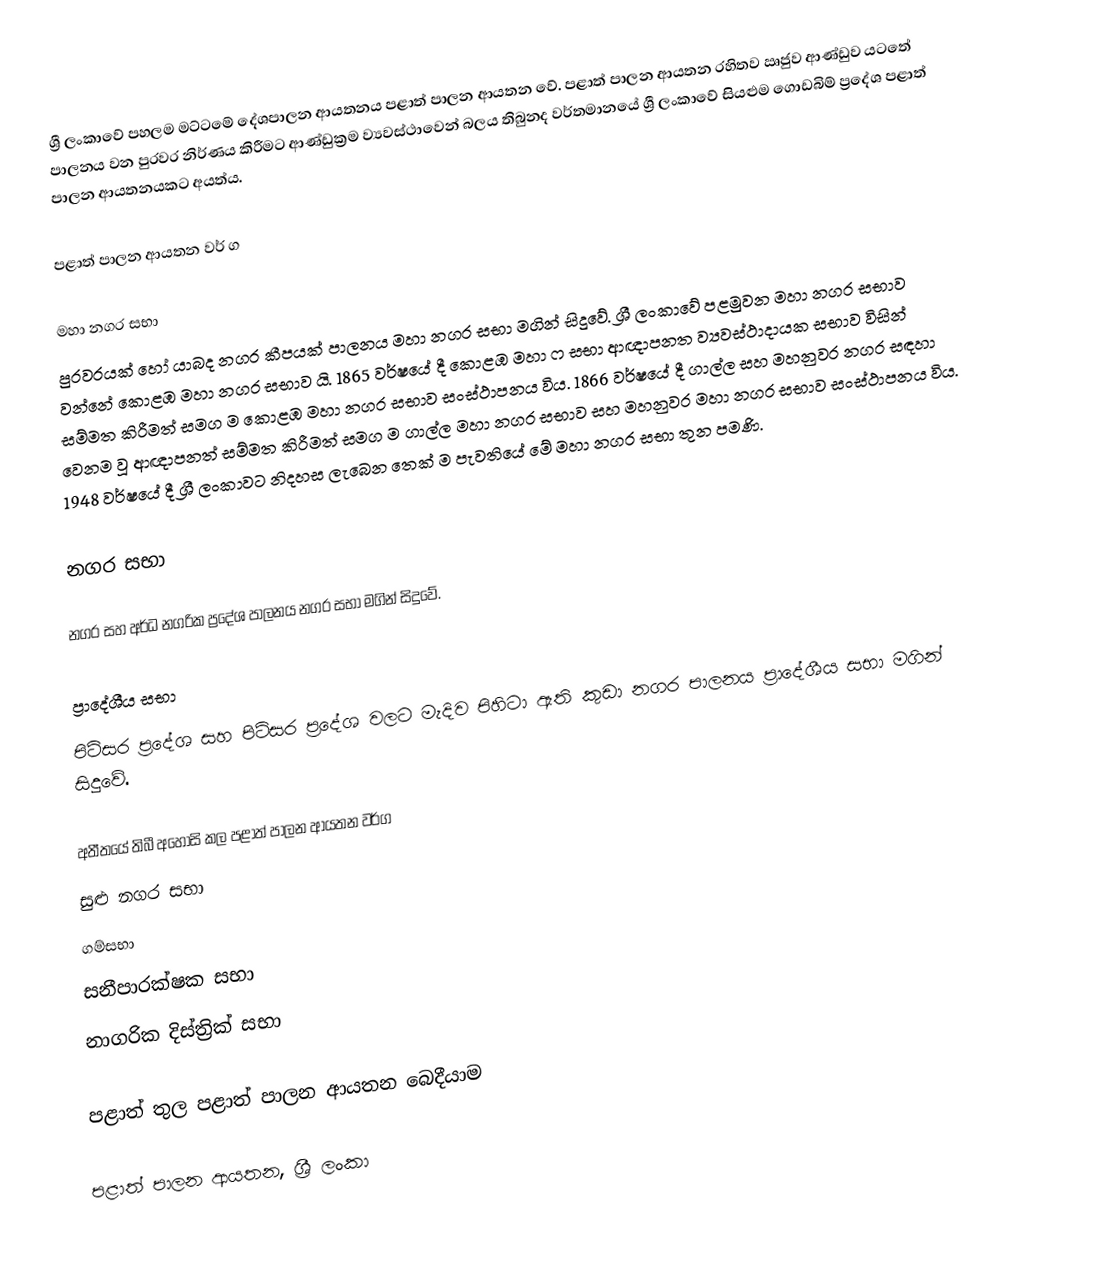
ශ්‍රී ලංකාවේ පහලම මට්ටමේ දේශපාලන ආයතනය පළාත් පාලන ආයතන වේ. පළාත් පාලන  ආයතන රහිතව ඍජුව ආණ්ඩුව යටතේ පාලනය වන පුරවර නිර්ණය කිරීමට ආණ්ඩුක්‍රම ව්‍යවස්ථාවෙන් බලය තිබුනද වර්තමානයේ ශ්‍රී ලංකාවේ සියළුම ගොඩබිම් ප්‍රදේශ පළාත් පාලන ආයතනයකට අයත්ය.

පළාත් පාලන ආයතන වර් ග

මහා නගර සභා
පුරවරයක් හෝ යාබද නගර කීපයක් පාලනය මහා නගර සභා මගින් සිදුවේ. ශ්‍රී ලංකාවේ පළමුවන මහා නගර සභාව වන්නේ කොළඹ මහා නගර සභාව යි. 1865 වර්ෂයේ දී කොළඹ මහා ෆ සභා ආඥාපනත ව්‍යවස්ථාදායක සභාව විසින් සම්මත කිරීමත් සමග ම කොළඹ මහා නගර සභාව සංස්ථාපනය විය. 1866 වර්ෂයේ දී ගාල්ල සහ මහනුවර නගර සඳහා වෙනම වූ ආඥාපනත් සම්මත කිරීමත් සමග ම ගාල්ල මහා නගර සභාව සහ මහනුවර මහා නගර සභාව සංස්ථාපනය විය. 1948 වර්ෂයේ දී ශ්‍රී ලංකාවට නිදහස ලැබෙන තෙක් ම පැවතියේ මේ මහා නගර සභා තුන පමණි.

නගර සභා

නගර සහ අර්ධ නගරික ප්‍රදේශ පාලනය නගර සභා මගින් සිදුවේ.

ප්‍රාදේශීය සභා
පිටිසර ප්‍රදේශ සහ පිටිසර ප්‍රදේශ වලට මැදිව පිහිටා ඇති කුඩා නගර  පාලනය  ප්‍රාදේශීය සභා මගින් සිදුවේ.

අතීතයේ තිබී අහොසි කල පළාත් පාලන ආයතන වර්ග
 සුළු නගර සභා
 ගම්සභා
 සනීපාරක්ෂක සභා
 නාගරික දිස්ත්‍රික් සභා

පළාත් තුල පළාත් පාලන ආයතන බෙදීයාම

පළාත් පාලන ආයතන, ශ්‍රී ලංකා